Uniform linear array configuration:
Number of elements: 32
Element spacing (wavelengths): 0.75
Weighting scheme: kaiser
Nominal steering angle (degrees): -60
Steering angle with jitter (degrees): -58.581
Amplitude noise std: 0.05
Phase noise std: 0.05

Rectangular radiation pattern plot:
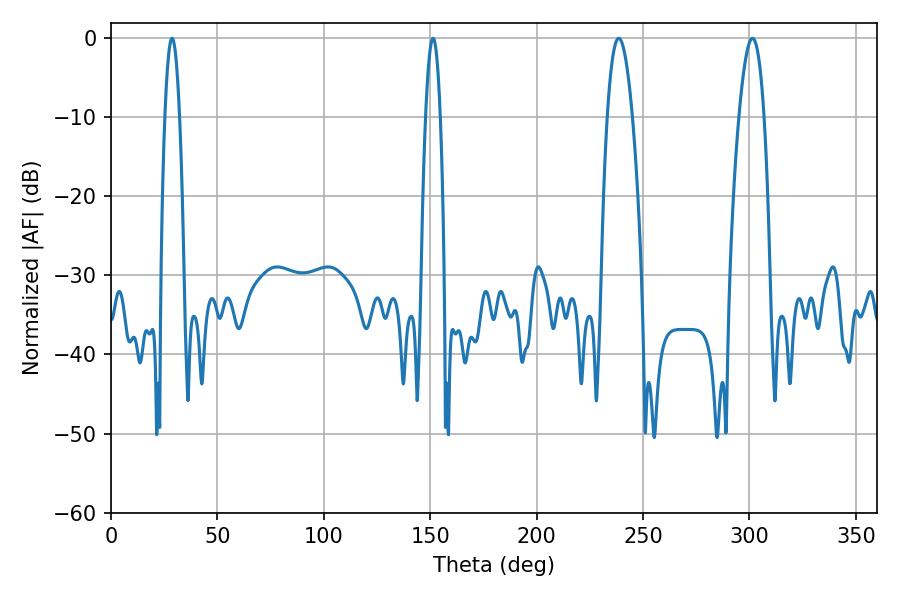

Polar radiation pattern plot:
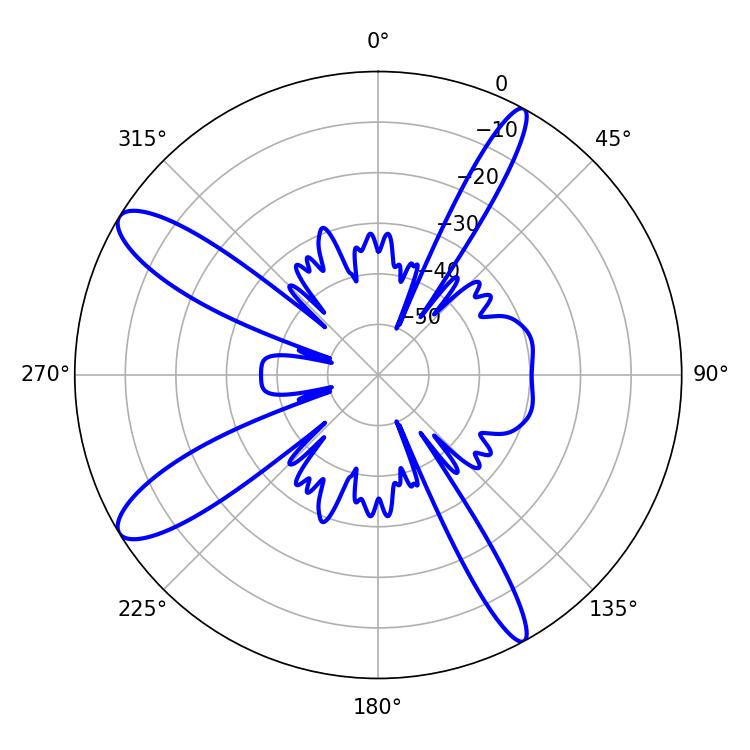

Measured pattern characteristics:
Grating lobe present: TRUE
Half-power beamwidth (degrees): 6.48
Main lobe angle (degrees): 238.5